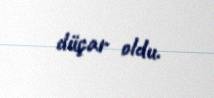
düçar oldu.